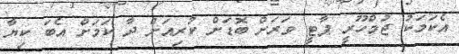
އެކަމަކު ޖުމްހޫރީ ޕާޓީ ވަރަށް ބޮޑަށް ކުރިއަށް ދާ ކަމަށް އެބަ ކިޔާ